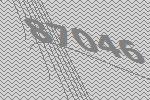
87046